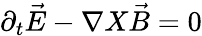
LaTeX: {\partial}_{t}\vec{E}-{\nabla}X\vec{B}=0